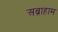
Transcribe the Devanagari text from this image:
अब्राहाम